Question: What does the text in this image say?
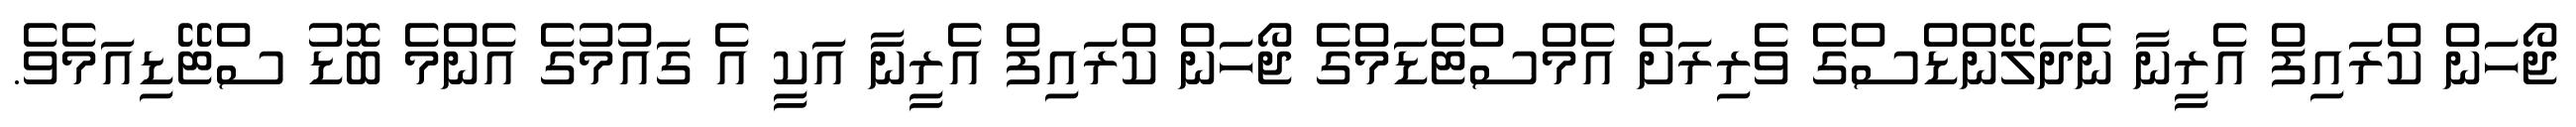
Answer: ޖޯހަން ކްރައިފް އެރީނާ ނެދަލޭންޑްސްގެ ވެރިރަށް އެމްސްޓެޑަމްގެ ޖޯހަން ކްރައިފް އެރީނާ އަކީ އެ ގައުމުގެ އެންމެ ބޮޑު ސްޓޭޑިއަމެވެ.